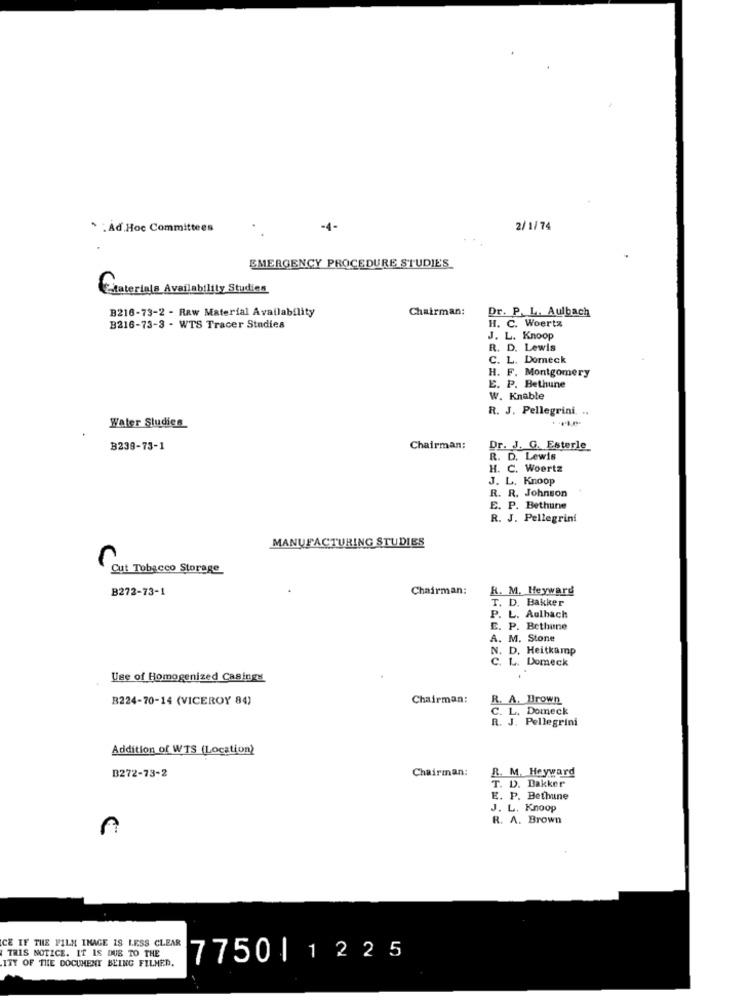
* : Ad Hoc Committees
-4-
2/1/74
EMERGENCY PROCEDURE STUDIE'S
Citaterials Availability Studies
Chairman:
Dr. P. L. Aulbach
B216-73-2 - Raw Material Availability
B216-73-3 - WTS Tracer Studies
H. C. Woertz
J. L. Knoop
R. D. Lewis
C. L. Domeck
H. F. Montgomery
E. P. Bethune
W. Knable
R. J. Pellegrini. ..
Water Studies
B239-73-1
Chairman:
Dr. J. G. Esterle
R. D. Lewis
H. C. Woertz
J. L. Knoop
R. R. Johnson
E. P. Bethune
R. J. Pellegrini
MANUFACTURING STUDIES
Cut Tobacco Storage
B272-73-1
Chairman:
R. M. Heyward
T. D. Bakker
P. L. Aulbach
E. P. Bethune
A. M. Stone
N. D. Heitkamp
C. L. Domeck
Use of Homogenized Casings
B224-70-14 (VICEROY 84)
Chairman:
R. A. Brown
C. L. Domeck
R. J. Pellegrini
Addition of WTS (Location)
B272-73-2
Chairman:
R. M. Heyward
T. D. Bakker
E. P. Bethune
J. L. Knoop
R. A. Brown
THIS NOTICE. IT IS DUE TO THE
CE IF THE FILM IMAGE IS LESS CLEAR
7750| 1225
ITY OF THE DOCUMENT BEING FILMED.